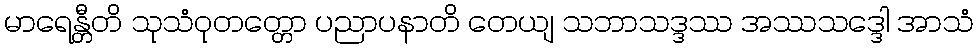
မာရေန္တီတိ သုသံဝုတတ္တော ပညာပနာတိ တေယျ သဘာသဒ္ဒဿ အဿသဒ္ဒေါ အာသံ